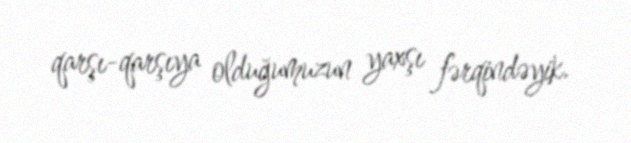
qarşı-qarşıya olduğumuzun yaxşı fərqindəyik.